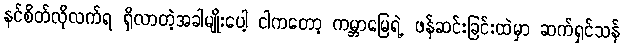
နင်စိတ်လိုလက်ရ ရှိလာတဲ့အခါမျိုးပေါ့ ငါကတော့ ကမ္ဘာမြေရဲ့ ဖန်ဆင်းခြင်းထဲမှာ ဆက်ရှင်သန်